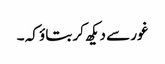
غور سے دیکھ کر بتاؤ کہ ۔